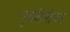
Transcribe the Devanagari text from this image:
पृथवीसोबत